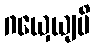
ဂယှေယျပိ